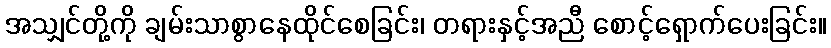
အသျှင်တို့ကို ချမ်းသာစွာနေထိုင်စေခြင်း၊ တရားနှင့်အညီ စောင့်ရှောက်ပေးခြင်း။